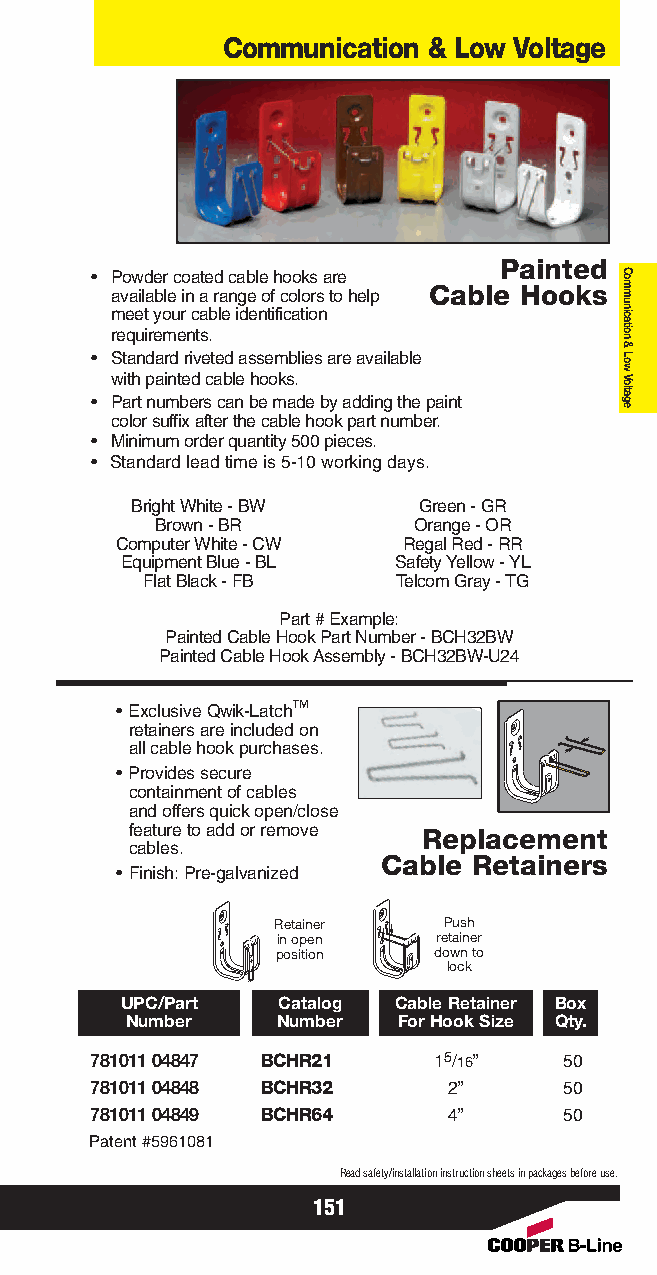
Communication & Low Voltage
 Painted
 • Powder coated cable hooks are
 available in a range of colors to help Cable Hooks
 meet your cable identification
 requirements.
 • Standard riveted assemblies are available
 with painted cable hooks.
 • Part numbers can be made by adding the paint
 color suffix after the cable hook part number.
 • Minimum order quantity 500 pieces.
 • Standard lead time is 5-10 working days.
 Bright White - BW  Green - GR
 Brown - BR       Orange - OR
 Computer White - CW Regal Red - RR
 Equipment Blue - BL Safety Yellow - YL
 Flat Black - FB  Telcom Gray - TG
 Part # Example:
 Painted Cable Hook Part Number - BCH32BW
 Painted Cable Hook Assembly - BCH32BW-U24
 • Exclusive Qwik-Latch™
 retainers are included on
 all cable hook purchases.
 • Provides secure
 containment of cables
 and offers quick open/close
 feature to add or remove Replacement
 cables.
 Cable Retainers
 • Finish: Pre-galvanized
 Retainer   Push
 in open    retainer
 position   down to
 lock
 UPC/Part  Catalog Cable Retainer Box
 Number    Number  For Hook Size Qty.
 781011 04847 BCHR21    15/16”  50
 781011 04848 BCHR32     2”     50
 781011 04849 BCHR64     4”     50
 Patent #5961081
 Read safety/installation instruction sheets in packages before use.
 151
 Communication
 &
 Low
 Voltage